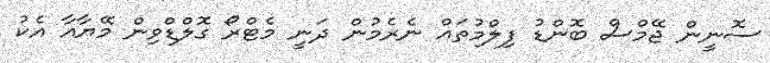
ސޮނީން ޖޭމްސް ބޮންޑު ފިލްމުތައް ނެރެމުން ދަނީ މެޓްރޯ ގޮލްޑްވިން މޭޔާއާ އެކު